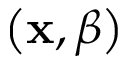
\left( \mathbf { x } , \beta \right)